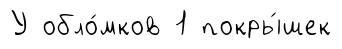
У обло́мков 1 покры́шек